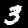
Digit: 3